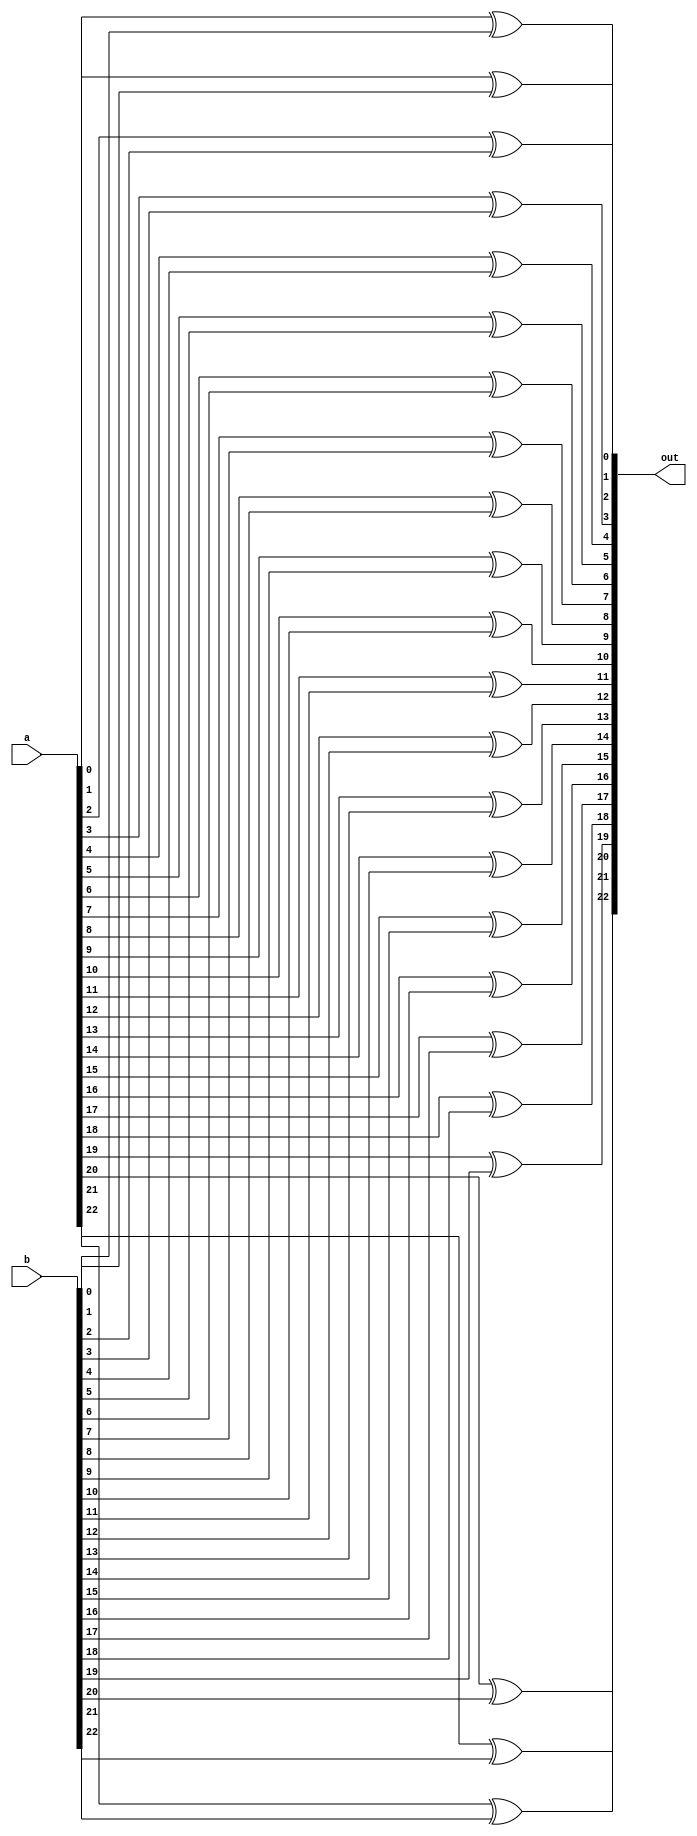
/**
 * This is written by Zhiyang Ong 
 * for EE577b Extra Credit Homework # 2
 *
 * Behavioral model for the large XOR gate
 */
module large_xor (a,b,out);
	// Output vector
	output reg [22:0] out;
	
	
	// Input vector
	input [22:0] a;
	// Another input vector
	input [22:0] b;
	
	
	// Declare "reg" signals...
	//reg [3:0] in_bar;
	// Declare "wire" signals...
	// Defining constants: parameter [name_of_constant] = value;
	
	
	always @(*)
	begin
		out[0]=a[0]^b[0];
		out[1]=a[1]^b[1];
		out[2]=a[2]^b[2];
		out[3]=a[3]^b[3];
		out[4]=a[4]^b[4];
		out[5]=a[5]^b[5];
		out[6]=a[6]^b[6];
		out[7]=a[7]^b[7];
		out[8]=a[8]^b[8];
		out[9]=a[9]^b[9];
		out[10]=a[10]^b[10];
		out[11]=a[11]^b[11];
		out[12]=a[12]^b[12];
		out[13]=a[13]^b[13];
		out[14]=a[14]^b[14];
		out[15]=a[15]^b[15];
		out[16]=a[16]^b[16];
		out[17]=a[17]^b[17];
		out[18]=a[18]^b[18];
		out[19]=a[19]^b[19];
		out[20]=a[20]^b[20];
		out[21]=a[21]^b[21];
		out[22]=a[22]^b[22];

	end
	
	
endmodule